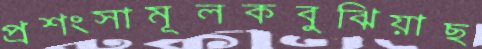
প্রশংসামূলকবুঝিয়াছ